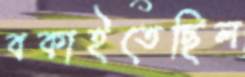
বকাইতেছিল